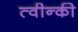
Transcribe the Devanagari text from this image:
त्वीन्की